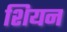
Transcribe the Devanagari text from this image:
शियन